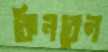
কিনবেন